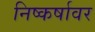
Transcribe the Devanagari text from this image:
निष्कर्षावर